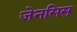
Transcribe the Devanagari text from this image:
जेनसिस्